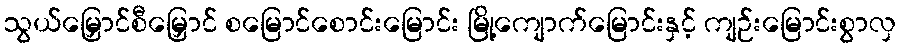
သွယ်မြှောင်စီမြှောင် စမြောင်စောင်းမြောင်း မြို့ကျောက်မြောင်းနှင့် ကျဉ်းမြောင်းစွာလှ